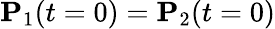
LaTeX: \mathbf P_{1}(t=0)=\mathbf P_{2}(t=0)